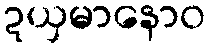
ဍယှမာနောဝ